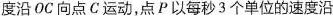
度沿 OC 向点 C 运动，点 P 以每秒 3 个单位的速度沿